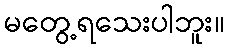
မတွေ့ရသေးပါဘူး။